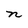
Character: n